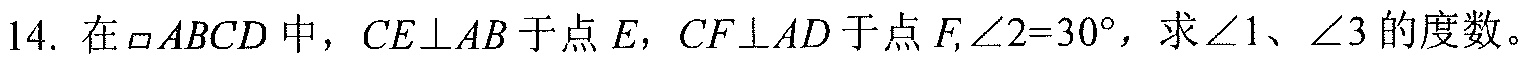
14. 在\(\square ABCD\)中，\(CE\perp AB\)于点\(E\)，\(CF\perp AD\)于点\(F\),\(\angle 2 = 30^{\circ}\)，求\(\angle 1\)、\(\angle 3\)的度数。